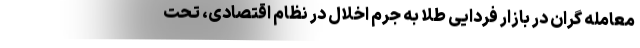
معامله گران در بازار فردایی طلا به جرم اخلال در نظام اقتصادی، تحت